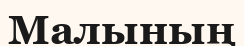
Малының